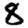
Digit: 8